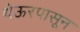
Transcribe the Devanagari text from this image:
थेऊरपासून